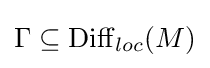
\Gamma \subseteq \mathrm {Diff} _{loc}(M)